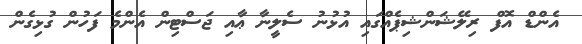
އެންޑް އޮފް ރިލޭޝަންޝިޕެއްގައި އުޅުނު ސެލީނާ ޢާއި ޖަސްޓިން އެންމެ ފަހުން ގުޅިގެން